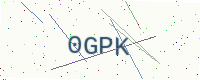
Text: 0GPK